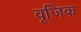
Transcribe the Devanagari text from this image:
वृजिक